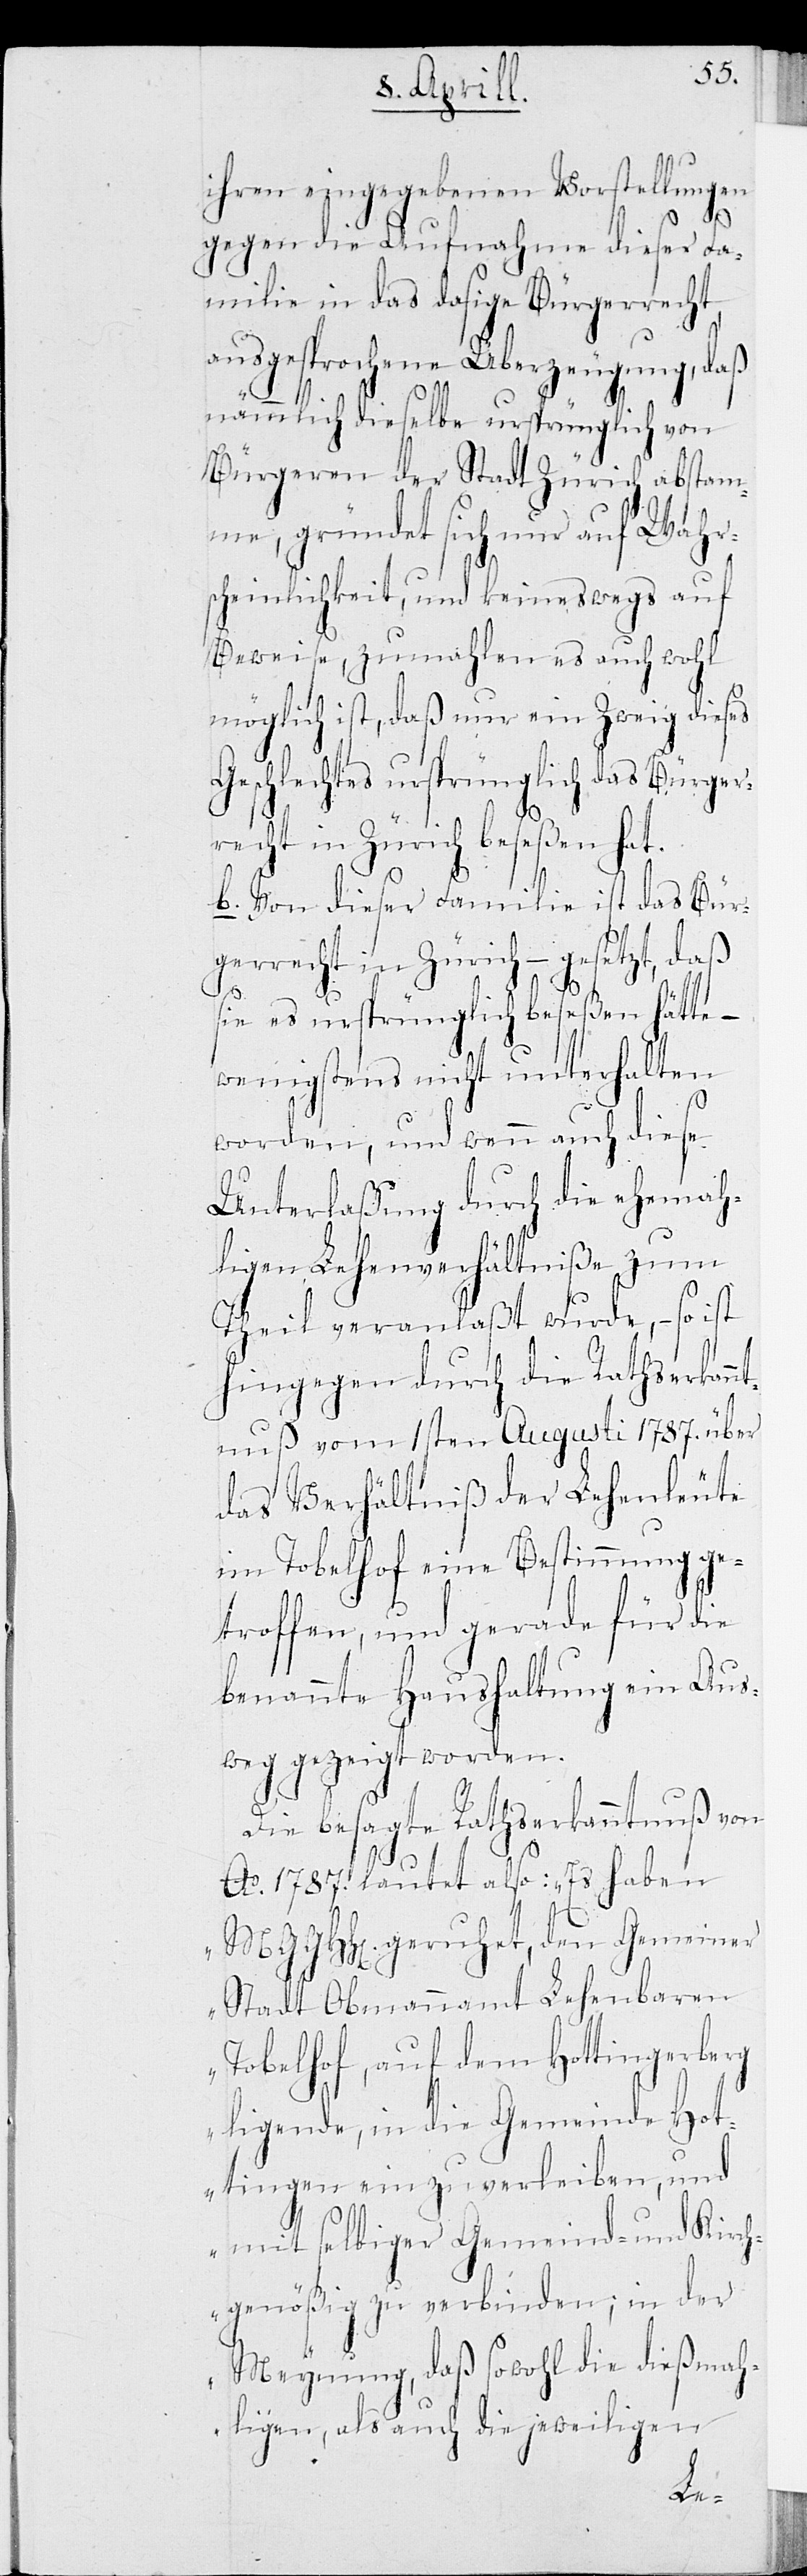
ihren eingegebenen Vorstellungen
gegen die Aufnahme dieser Fa¬
milie in das dasige Bürgerrecht,
angesprochene Überzeugung, daß
nämmlich dieselbe ursprünglich von
Bürgeren der Stadt Zürich abstam¬
me, gründet sich nur auf Wahrs¬
cheinlichkeit, und keineswegs auf
Beweise, zumahlen es auch wohl
möglich ist, daß nur ein Zweig dieses
Geschlechtes ursprünglich das Bürger¬
recht in Zürich beseßen hat.
b. Von dieser Familie ist das Bür¬
gerrecht in Zürich – gesetzt daß
sie es ursprünglich beseßen hätte –
wenigstens nicht unterhalten
worden, und wann auch diese
Unterlaßung durch die ehemah¬
ligen Lehenverhältniße zum
Theil veranlaßt wurde, – so ist
hingegen durch die Rathserkann¬
tnuß vom 1sten Augusti 1787 über
das Verhältniß der Lehenleute
im Tobelhof eine Bestimmung ge¬
troffen, und gerade für die
benannte Haushaltung ein Aus¬
weg gezeigt worden.
Die besagte Rathserkanntnuß von
Ao. 1787 lautet also: „Es haben
MGGHH geruhet, den Gemeiner
Stadt Obmannamt Lehenbaren
Tobelhof, auf dem Hottingerberg
ligende, in die Gemeinde Hot¬
tingen ein zu verleiben, und
mit selbiger Gemeind- und Kirch¬
genößig zu verbinden; in der
Meynung, daß sowohl die dießmah¬
ligen, als auch die jeweiligen